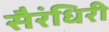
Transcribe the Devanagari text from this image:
सैरंधिरी